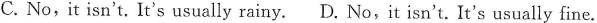
C.No , it isn' t . usally rainy. D. No,it isn' t， It's usually fine.